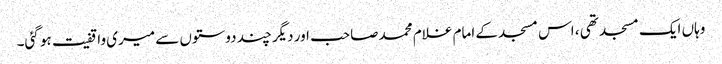
وہاں ایک مسجد تھی ، اس مسجد کے امام غلام محمد صاحب اور دیگر چند دوستوں سے میری واقفیت ہو گئی۔